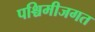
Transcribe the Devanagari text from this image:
पश्चिमीजगत